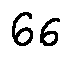
6 6